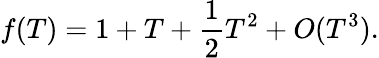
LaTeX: f(T)=1+T+{\frac{1}{2}}T^{2}+O(T^{3}).